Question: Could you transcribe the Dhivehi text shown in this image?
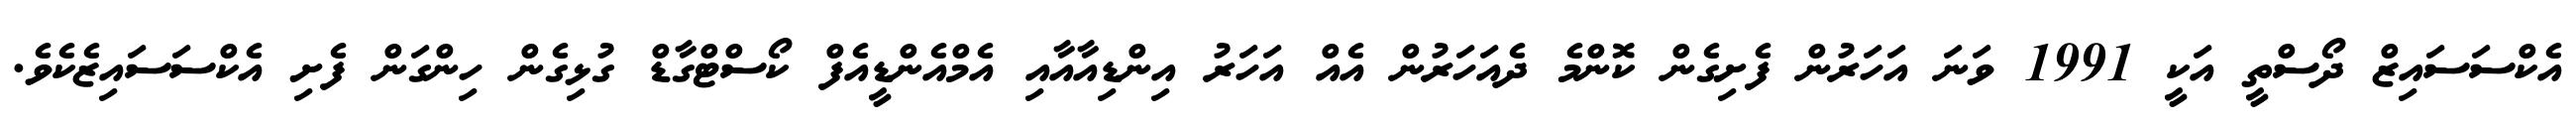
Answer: އެކްސަސައިޒް ދޯސްތީ އަކީ 1991 ވަނަ އަހަރުން ފެށިގެން ކޮންމެ ދެއަހަރުން އެއް އަހަރު އިންޑިއާއާއި އެމްއެންޑީއެފް ކޯސްޓްގާޑް ގުޅިގެން ހިންގަން ފެށި އެކްސަސައިޒެކެވެ.